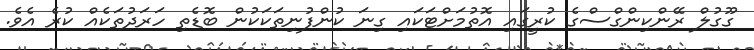
ގޫގުލް ރޭންކިންގްސްގެ ކުރީގައި އޮތުމަށްޓަކައި ގިނަ ކުންފުނިތަކަކުން ބޮޑެތި ހަރަދުތަކެއް ކުރެ އެވެ.